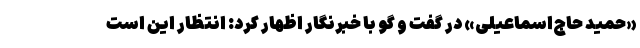
«حمید حاج‌اسماعیلی» در گفت و گو با خبرنگار اظهار کرد: انتظار این است